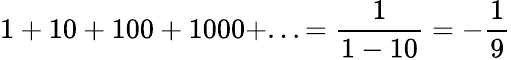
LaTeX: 1+10+100+1000+...={\frac{1}{1-10}}=-{\frac{1}{9}}